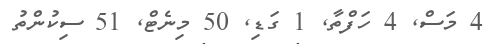
4 މަސް